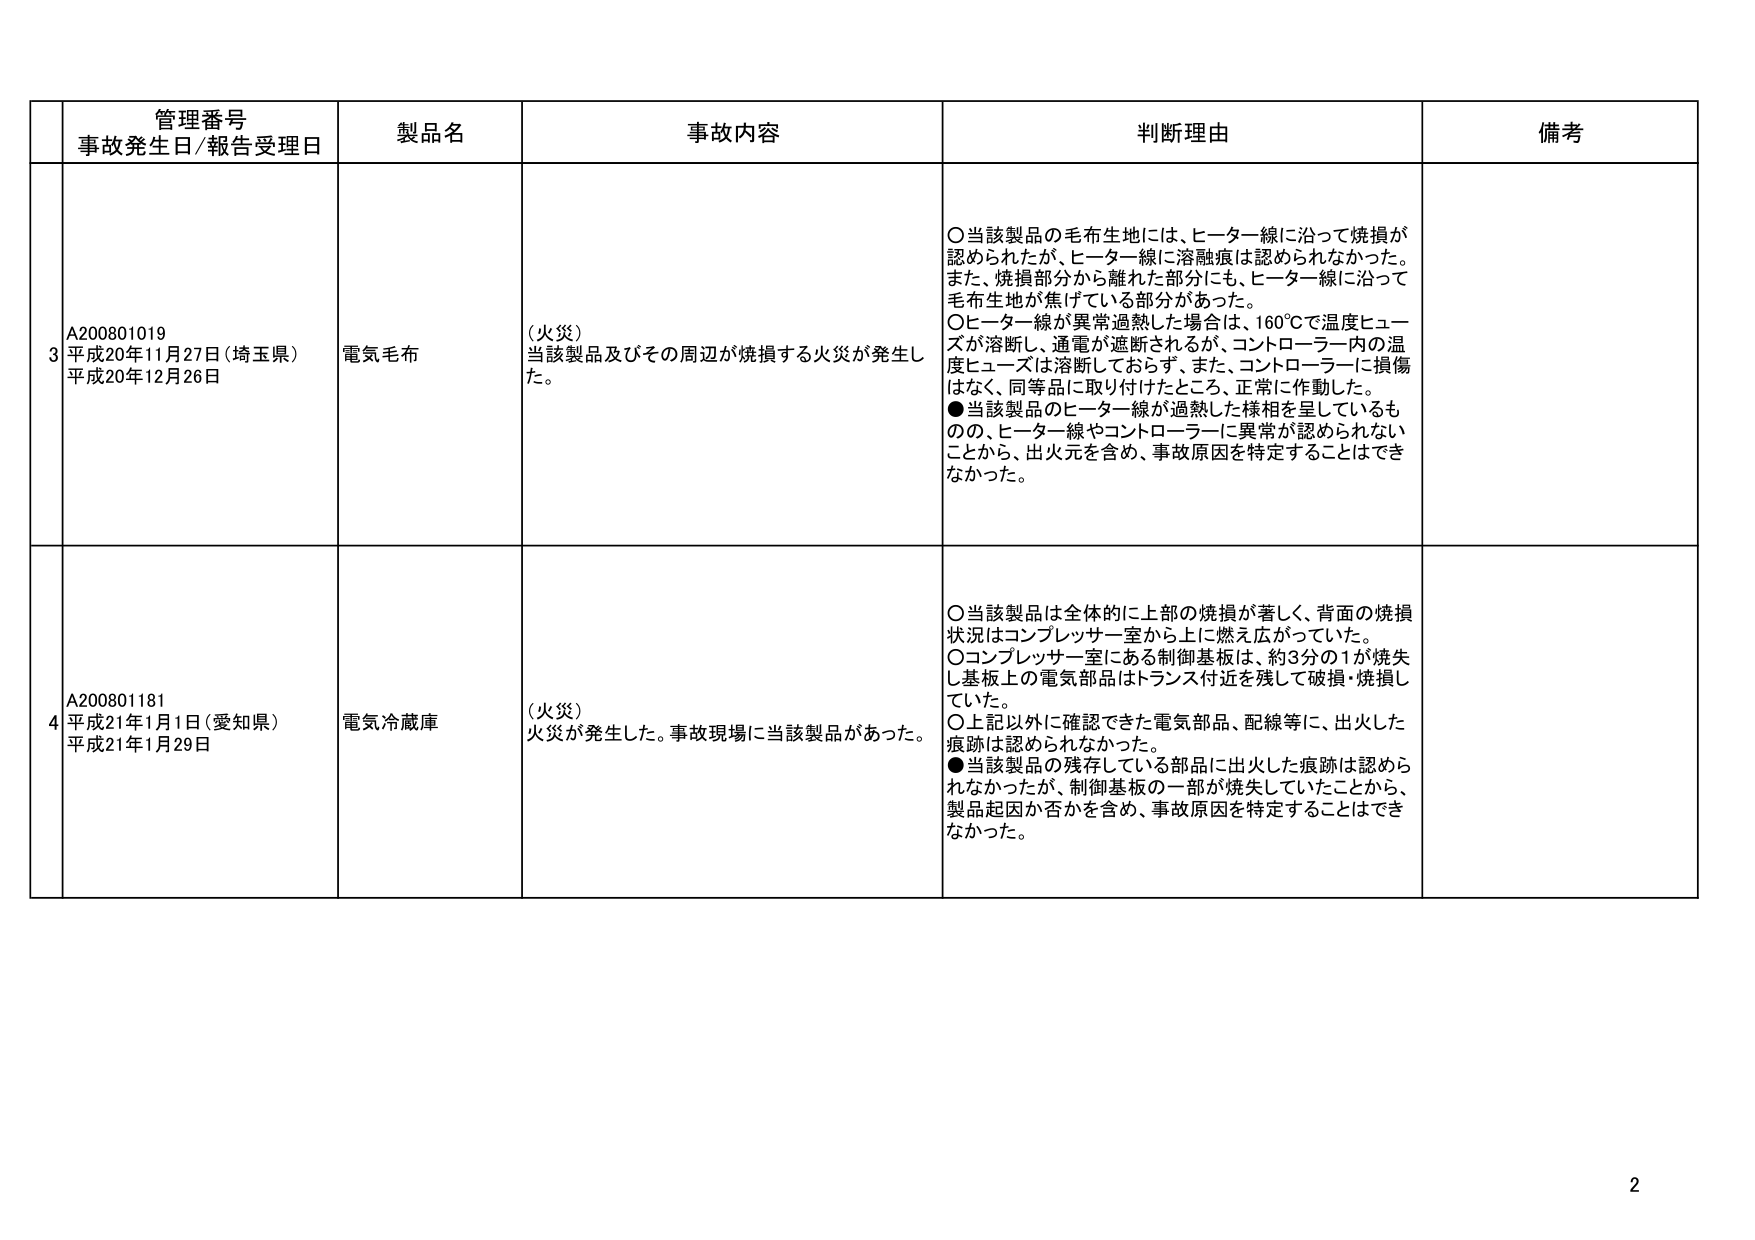
管理番号
事故発生日/報告受理日
製品名
事故内容
判断理由
備考

3
A200801019
平成20年11月27日（埼玉県）
平成20年12月26日
電気毛布
（火災）
当該製品及びその周辺が焼損する火災が発生した。
○当該製品の毛布生地には、ヒーター線に沿って焼損が認められたが、ヒーター線に溶融痕は認められなかった。また、焼損部分から離れた部分にも、ヒーター線に沿って毛布生地が焦げている部分があった。
○ヒーター線が異常過熱した場合は、160℃で温度ヒューズが溶断し、通電が遮断されるが、コントローラー内の温度ヒューズは溶断しておらず、また、コントローラーに損傷はなく、同等品に取り付けたところ、正常に作動した。
●当該製品のヒーター線が過熱した様相を呈しているものの、ヒーター線やコントローラーに異常が認められないことから、出火元を含め、事故原因を特定することはできなかった。

4
A200801181
平成21年1月1日（愛知県）
平成21年1月29日
電気冷蔵庫
（火災）
火災が発生した。事故現場に当該製品があった。
○当該製品は全体的に上部の焼損が著しく、背面の焼損状況はコンプレッサー室から上に燃え広がっていた。
○コンプレッサー室にある制御基板は、約3分の1が焼失し基板上の電気部品はトランス付近を残して破損・焼損していた。
○上記以外に確認できた電気部品、配線等に、出火した痕跡は認められなかった。
●当該製品の残存している部品に出火した痕跡は認められなかったが、制御基板の一部が焼失していたことから、製品起因か否かを含め、事故原因を特定することはできなかった。

2